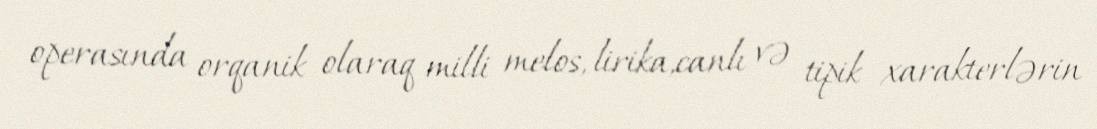
operasında orqanik olaraq milli melos, lirika,canlı və tipik xarakterlərin